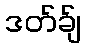
ဒတ်ခ်ျ